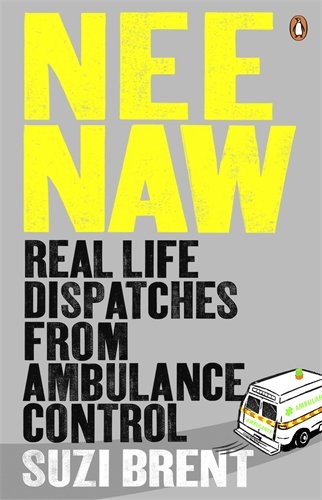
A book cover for Nee Naw: Real Life Dispatches From Ambulance Control; Suzi Brent; Medical Books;